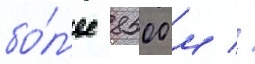
бо́л'ее 8500 м //